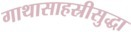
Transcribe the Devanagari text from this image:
गाथासाहस्रीसुद्धा